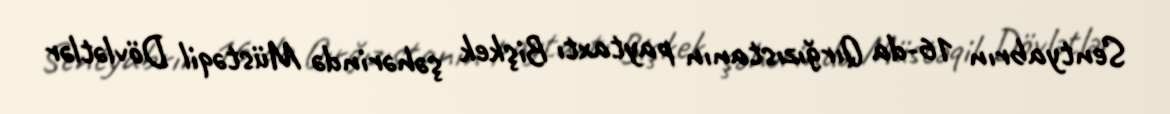
Sentyabrın 16-da Qırğızıstanın paytaxtı Bişkek şəhərində Müstəqil Dövlətlər